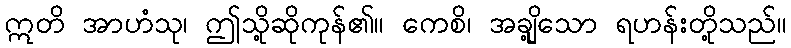
ဣတိ အာဟံသု၊ ဤသို့ဆိုကုန်၏။ ကေစိ၊ အချို့သော ရဟန်းတို့သည်။